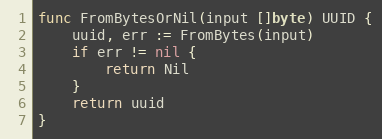
Language: Go
func FromBytesOrNil(input []byte) UUID {
	uuid, err := FromBytes(input)
	if err != nil {
		return Nil
	}
	return uuid
}